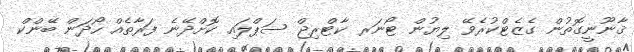
ޤާނޫނީގޮތުން ގެޒެޓްކުރެވޭ ލިޔުން ޓޯނަރ ކާޓްރިޖް ސަޕްލައި ކޮށްދޭނެ ފަރާތެއް ހޯދަން ބޭންކް